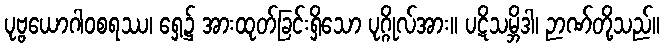
ပုဗ္ဗယောဂါဝစရဿ၊ ရှေ့၌ အားထုတ်ခြင်းရှိသော ပုဂ္ဂိုလ်အား။ ပဋိသမ္ဘိဒါ၊ ဉာဏ်တို့သည်။